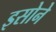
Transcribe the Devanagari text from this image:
इसोने